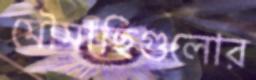
মৌমাছিগুলোর